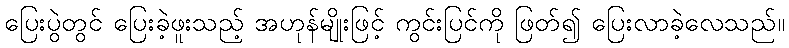
ပြေးပွဲတွင် ပြေးခဲ့ဖူးသည့် အဟုန်မျိုးဖြင့် ကွင်းပြင်ကို ဖြတ်၍ ပြေးလာခဲ့လေသည်။